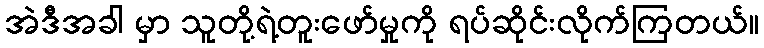
အဲဒီအခါ မှာ သူတို့ရဲ့တူးဖော်မှုကို ရပ်ဆိုင်းလိုက်ကြတယ်။